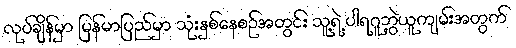
လုပ်ချိန်မှာ မြန်မာပြည်မှာ သုံးနှစ်နေစဉ်အတွင်း သူ့ရဲ့ ပါရဂူဘွဲ့ယူကျမ်းအတွက်